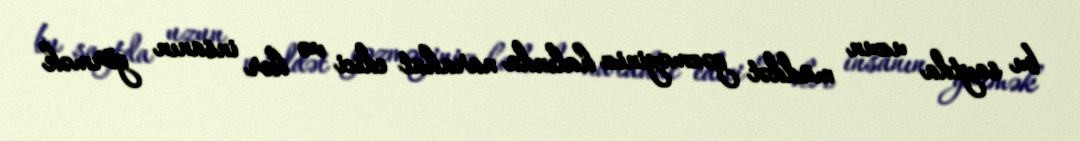
bu saytda uzun müddət gəzməyiniz halında narahat edici və hər insanın görmək